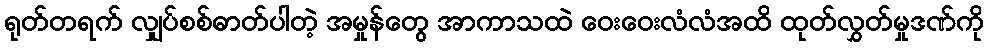
ရုတ်တရက် လျှပ်စစ်ဓာတ်ပါတဲ့ အမှုန်တွေ အာကာသထဲ ဝေးဝေးလံလံအထိ ထုတ်လွှတ်မှုဒဏ်ကို